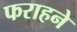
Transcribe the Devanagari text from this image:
फराहने